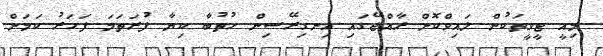
މިއީ ޓީވީތަކުން ލައިވްކޮށް ރާއްޖޭގައި އިނގިރޭސިން ހުތުބާ ކިޔާ ފުރަތަމަ ފަހަރު ކަމަށް